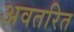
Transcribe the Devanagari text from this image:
अवतरित